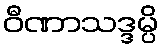
ဝီဏာသဒ္ဒမ္ပိ